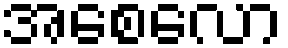
အစေလော